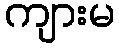
ကျားမ